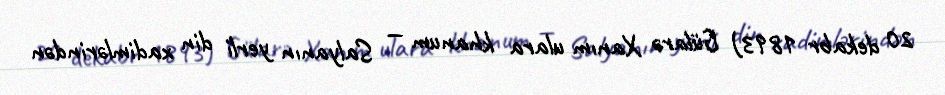
20 dekabr 1893) Gülarə Xanım ulara khanum — Salyanın yerli din xadimlərindən